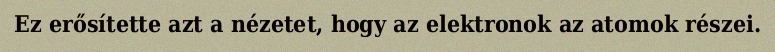
Ez erősítette azt a nézetet, hogy az elektronok az atomok részei.